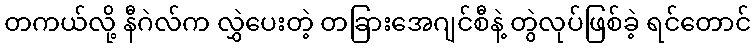
တကယ်လို့ နီဂဲလ်က လွှဲပေးတဲ့ တခြားအေဂျင်စီနဲ့ တွဲလုပ်ဖြစ်ခဲ့ ရင်တောင်